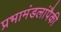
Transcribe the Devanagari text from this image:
प्रभामंडलांपैकी